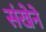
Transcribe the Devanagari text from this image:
संखेने